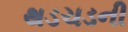
થડચડની